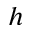
h